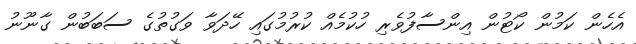
އެހެން ކަމުން ކޯޓުން އިންސާފުވެރި ހުކުމެއް ކުރުމުގައި ހޭދަވާ ވަގުތުގެ ސަބަބުން ގާނޫނު